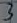
Text: 3